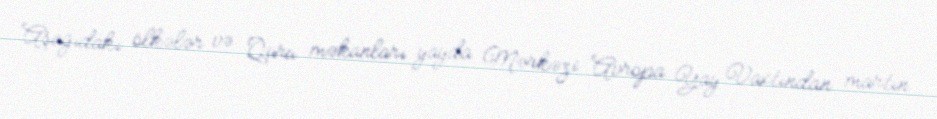
Aşağıdakı ölkələr və Quru məkanları yayda Mərkəzi Avropa Yay Vaxtından martın